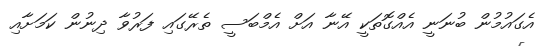
އެގައުމުން ބުނަނީ އެއްގޮތަކީ އޭނާ އަށް އެމްބަސީ ތެރޭގައި ފަރުވާ ދިނުން ކަމަށާއި